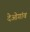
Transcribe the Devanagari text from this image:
देओगांव